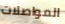
المواصلات